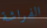
الفراشة